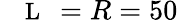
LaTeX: {\mathrm{~\small~\mathscr~{~L~}~}}=R=50